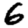
Digit: 6